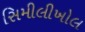
સિમીલીખોલ